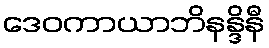
ဒေဝကာယာဘိနန္ဒိနီ